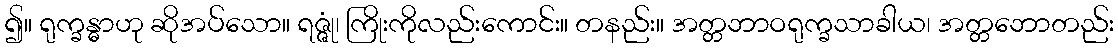
၍။ ရုက္ခန္ဓာဟု ဆိုအပ်သော။ ရဇ္ဇုံ၊ ကြိုးကိုလည်းကောင်း။ တနည်း။ အတ္တဘာဝရုက္ခသာခါယ၊ အတ္တဘောတည်း